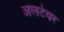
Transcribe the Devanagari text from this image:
अलटेयर